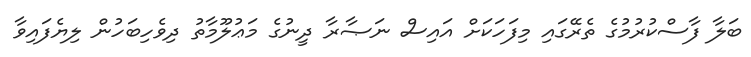
ބަލާ ފާސްކުރުމުގެ ތެރޭގައި މިފަހަކަށް އައިސް ނަޞާރާ ދީނުގެ މަޢުލޫމާތު ދިވެހިބަހުން ލިޔެފައިވާ